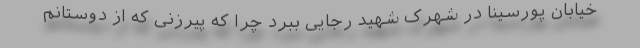
خیابان پورسینا در شهرک شهید رجایی ببرد چرا که پیرزنی که از دوستانم